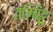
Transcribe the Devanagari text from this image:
तम्बिट्टू